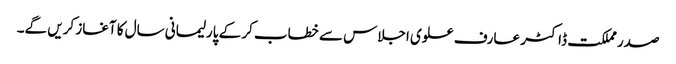
صدر مملکت ڈاکٹر عارف علوی اجلاس سے خطاب کر کے پارلیمانی سال کا آغاز کریں گے۔